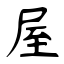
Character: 屋